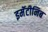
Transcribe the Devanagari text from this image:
इमॅटीनिब